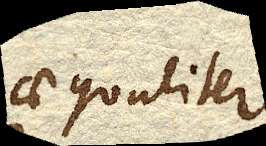
aequaliter